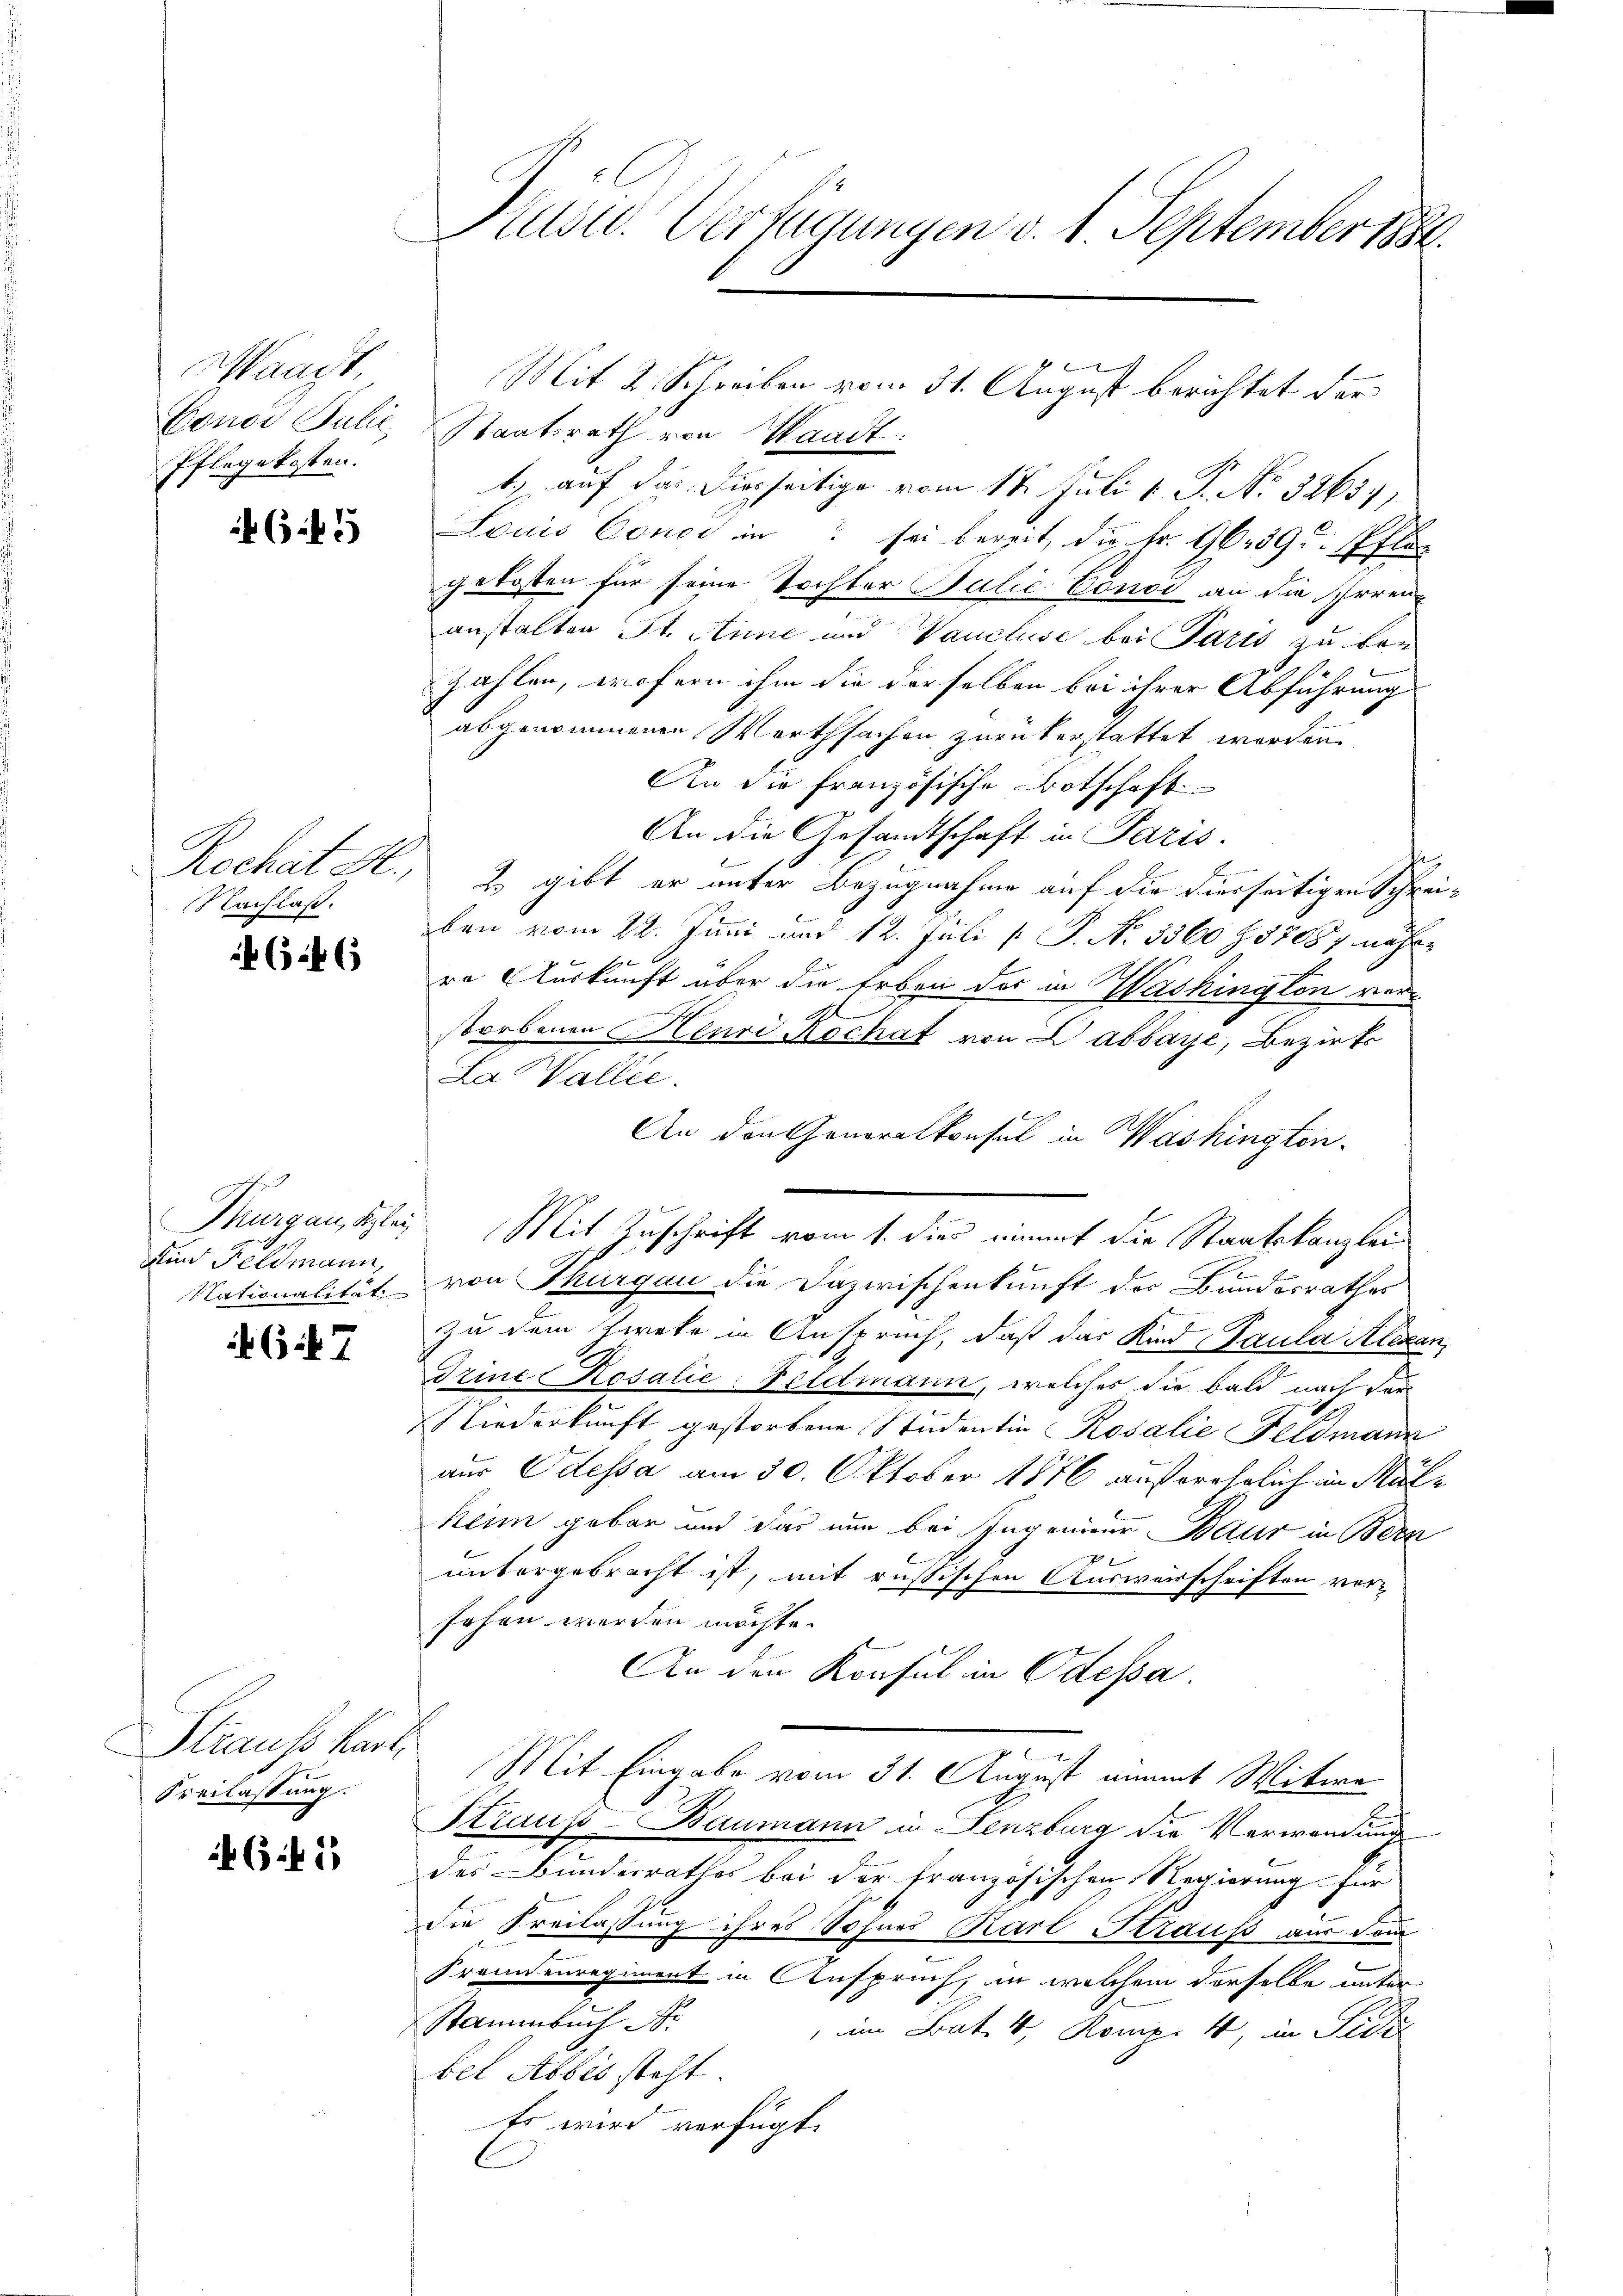
Waadt,
Gonoi Julie,
Pflegekosten.

655

Nachlaß.

624

Mund Feldmann,

467

Straus Karl,
Freilassung.

6 f 1

Kusid. Verfügungen v. 1. September 1884.

Staatsrath von Waadt.
1) auf das Diesseitige vom 18. Juli 1. P. No. 32637,
Louis Conci in sei bereit, die Fr. 96. 39 u. Pfli
gekosten für seine Tochter Balić Consi an die Irrenz
anstalten St. Anne und Vaucluse bei Paris zu bau
zahlen, wofern ihm die derselben bei ihrer Abführung
abgenommenen Werthsachen zurükerstattet werden.
An die französische Botschaft
An die Gesandtschaft in Paris.
Rochat M. Z. gibt er unter Bezugnahme auf die hierseitigen Schreiben vom 22. Juni und 12. Juli [ P. No 3360 Z 37087 nähre
re Auskunft über die Erben der in Washingten verstorbenen Henri Kochat von Labbaye, Bezirks
La Wallie
An den Generalkonsul in Washingten.
Thurgantzlei Mit Zuschrift vom 1. dies einert die Staatskanzlei
Nationalität von Thurgau die Dazwischenkunft der Bundesrathes
zu dem Zweke in Anspruch, daß das Kind Paula Alexan
Itine Rosalie-Peldmann, welches die bald nach der
Niederkunft gestorbene Studentin Rosalie Feldmann
aus Odessa am 30. Oktober 1876 außerehrlich in Mülkein gebar und das nun bei Ingenieur Baur in Been
l

untergebracht ist, mit russischen Auswarschriften vor-
sehen werden möchte.
An den Konsul in Odessa.
Mit Eingabe vom 31. August nimmt Witwe
Straus-Baumann in Fenzburg die Verwendung
des Bundesrathes bei der französischen Regierung für
die Freilassung ihres Sohnes Karl Strauss aus dem
Fremdenregiment in Anspruch, an welchem derselbe unter
Stammbuch
 um Bat. 4., Komp. 4, in Fidel
bel Abbes steht.
Es wird verfügt:

Mit 2. Schreiben vom 31. August berichtet der